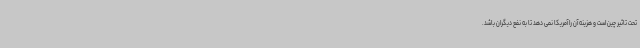
تحت تاثیر چین است و هزینه آن را آمریکا نمی دهد تا به نفع دیگران باشد.